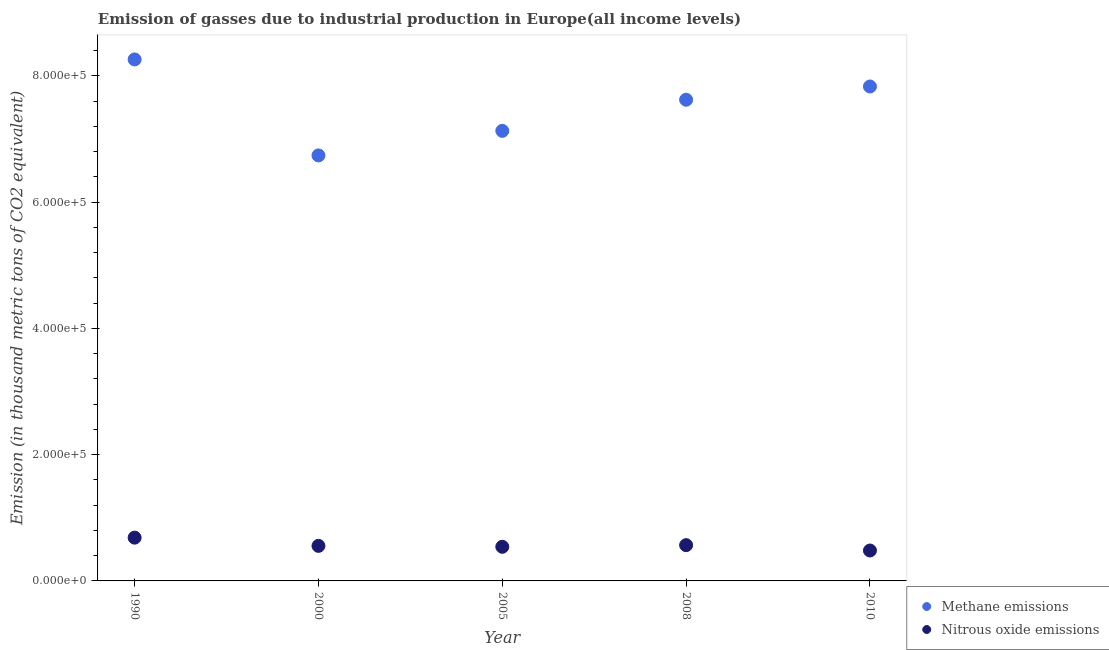
| Year | Methane emissions | Nitrous oxide emissions |
 | --- | --- | --- |
 | 1990 | 8.26e+05 | 6.86e+04 |
 | 2000 | 6.74e+05 | 5.55e+04 |
 | 2005 | 7.13e+05 | 5.41e+04 |
 | 2008 | 7.62e+05 | 5.67e+04 |
 | 2010 | 7.83e+05 | 4.82e+04 |